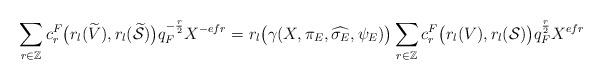
LaTeX: \begin{align*}\sum_{r \in \mathbb{Z}}c^F_r\big(r_l(\widetilde{V}),r_l(\widetilde{\mathcal{S}})\big)q_F^{-\frac{r}{2}}X^{-efr}= r_l\big(\gamma(X, \pi_E, \widehat{\sigma_E}, \psi_E)\big) \sum_{r \in\mathbb{Z}}c^F_r\big(r_l(V),r_l(\mathcal{S})\big) q_F^{\frac{r}{2}}X^{efr}\end{align*}